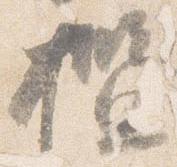
檻